Annual report of the Central Committee of the Association together with the report of the directors of the Pasteur Institute at Kasauli
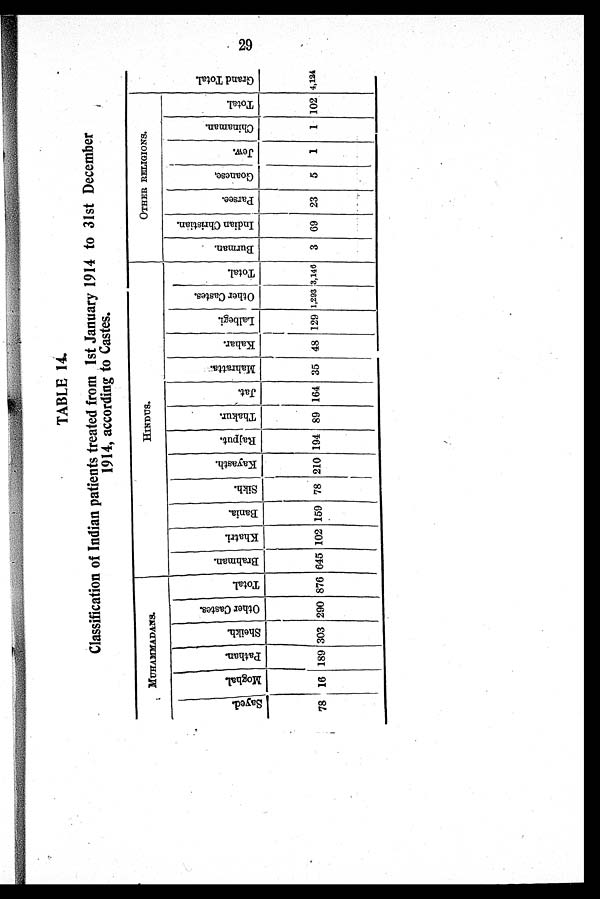
TABLE 14.
Classification of Indian patients treated from 1st January 1914 to 31st December
1914, according to Castes.
MUHAMMADANS.
HINDUS.
OTHER RELIGIONS.
G r a n d T o t a l
S a y e d .
M o g h a l .
P a t h a n . S h e i k h .
O t h e r C a s t e s .
T o t a l .
B r a h m a n .
K h a t r i .
B a n i a .
S i k h .
K a y a s t h .
R a j p u t .
T h a k u r .
J a t .
M a h r a t t a .
K a h a r .
L a l b e g i .
O t h e r C a s t e s .
T o t a l .
B u r m a n .
I n i d a n C h r i s t i a n
P a r s e e .
G o a n e s e .
J e w .
C h i n a m a n .
T o t a l .
7 8
16 189 303 290 876 645 102 159 78 210 194 89 164 35 48 129 1,293
3 , 1 4 6
3 69 23
5
1
1 102 4,124
D
c 29